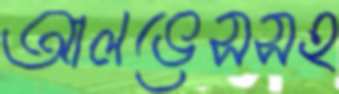
আলভেসসহ